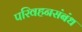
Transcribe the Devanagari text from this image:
परिवहनसंबंध